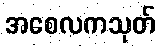
အစေလကသုတ်